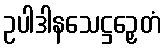
ဥပါဒါနသေဋ္ဌဉှေတံ